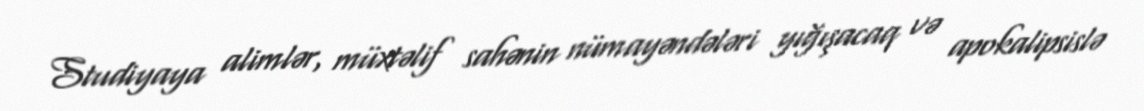
Studiyaya alimlər, müxtəlif sahənin nümayəndələri yığışacaq və apokalipsislə